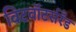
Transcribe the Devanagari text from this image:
विटवॉटर्सरँड